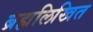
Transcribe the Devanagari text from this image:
ब्रह्मलिखित